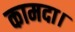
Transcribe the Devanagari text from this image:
कामदा।